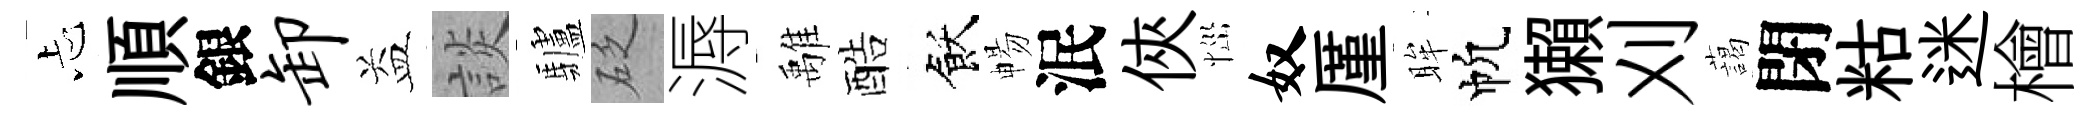
忐順銀卸益談驢砭溽𩀌酷飫暢泯俠𢙉奴厪眸帆獺刈藹閉䊀迷檜